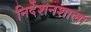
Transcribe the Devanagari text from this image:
निर्देशनशाला